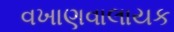
વખાણવાલાયક